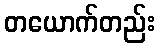
တယောက်တည်း